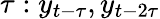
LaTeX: \tau:y_{t-\tau},y_{t-2\tau}